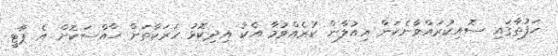
ހަފުތާގައި ސޮއިކުރައްވާނެކަން އިއުލާން ކުރެއްވުމާ އެކު އިދިކޮޅު ހަރަކާތަށް ޚާއްސަކޮށް އެ ޕާޓީ